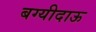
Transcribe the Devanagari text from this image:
बग्यीदाऊ